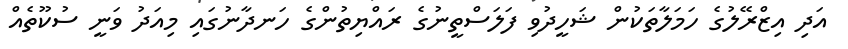
އަދި އިޒްރޭލުގެ ހަމަލާތަކުން ޝަހީދުވި ފަލަސްތީނުގެ ރައްޔިތުންގެ ހަނދާނުގައި މިއަދު ވަނީ ސުކޫތެއް